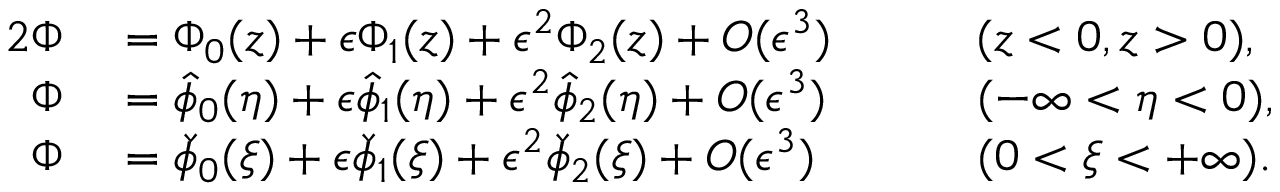
\begin{array} { r l r l } { { 2 } \Phi } & { { } = { \Phi } _ { 0 } ( z ) + \epsilon { \Phi } _ { 1 } ( z ) + \epsilon ^ { 2 } { \Phi } _ { 2 } ( z ) + O ( \epsilon ^ { 3 } ) \quad } & { } & { { } ( z < 0 , z > 0 ) , } \\ { \Phi } & { { } = \hat { \phi } _ { 0 } ( \eta ) + \epsilon \hat { \phi } _ { 1 } ( \eta ) + \epsilon ^ { 2 } \hat { \phi } _ { 2 } ( \eta ) + O ( \epsilon ^ { 3 } ) \quad } & { } & { { } ( - \infty < \eta < 0 ) , } \\ { \Phi } & { { } = \check { \phi } _ { 0 } ( \xi ) + \epsilon \check { \phi } _ { 1 } ( \xi ) + \epsilon ^ { 2 } \check { \phi } _ { 2 } ( \xi ) + O ( \epsilon ^ { 3 } ) \quad } & { } & { { } ( 0 < \xi < + \infty ) . } \end{array}